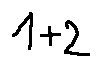
1 + 2